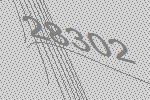
28302